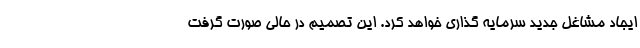
ایجاد مشاغل جدید سرمایه گذاری خواهد کرد. این تصمیم در حالی صورت گرفت